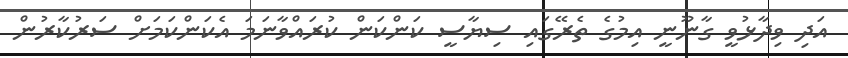
އަދި ވިދާޅުވީ ގާނޫނީ އިމުގެ ތެރޭގައި ސިޔާސީ ކަންކަން ކުރައްވާނަމަ އެކަންކަމަށް ސަރުކާރުން